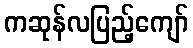
ကဆုန်လပြည့်ကျော်